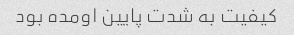
کیفیت به شدت پایین اومده بود